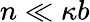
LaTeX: n\ll\kappa b